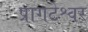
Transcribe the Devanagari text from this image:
प्रागटेश्वर